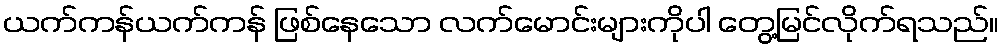
ယက်ကန်ယက်ကန် ဖြစ်နေသော လက်မောင်းများကိုပါ တွေ့မြင်လိုက်ရသည်။